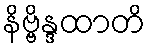
နိဗ္ဗိန္ဒထာတိ